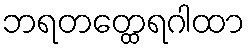
ဘရတတ္ထေရဂါထာ